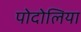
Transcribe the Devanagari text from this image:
पोदोलिया